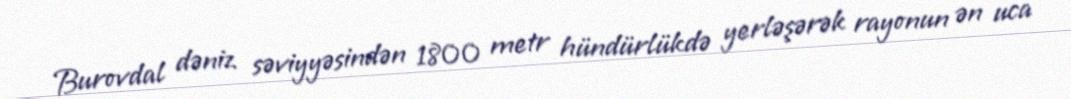
Burovdal dəniz səviyyəsindən 1800 metr hündürlükdə yerləşərək rayonun ən uca